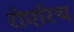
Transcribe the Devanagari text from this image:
रोएरिच